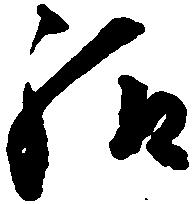
給